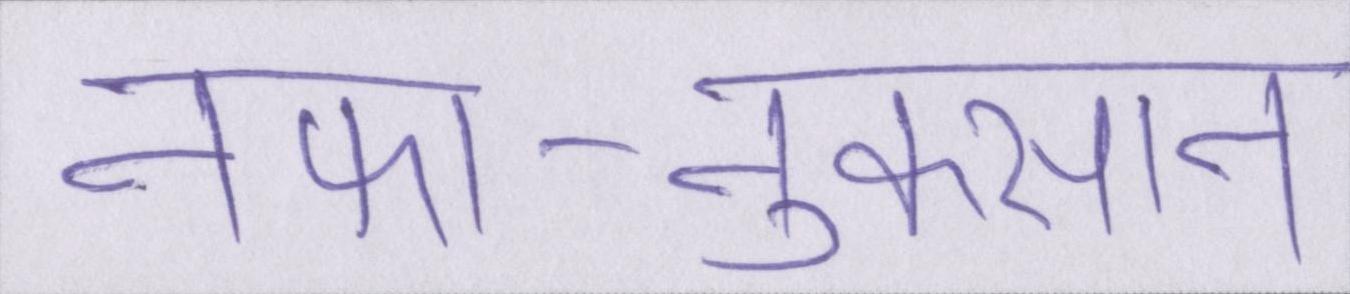
नफा-नुकसान